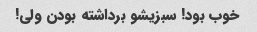
خوب بود! سبزیشو برداشته بودن ولی!